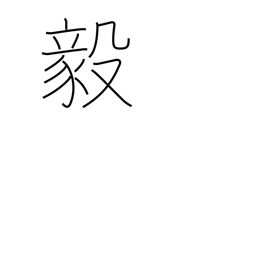
Meaning: strong